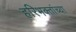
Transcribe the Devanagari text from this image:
हरिभक्तांच्या